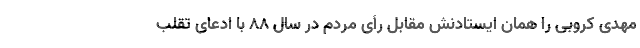
مهدی کروبی را همان ایستادنش مقابل رأی مردم در سال ۸۸ با ادعای تقلب